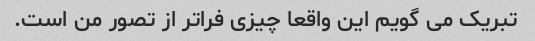
تبریک می گویم این واقعا چیزی فراتر از تصور من است.